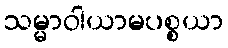
သမ္မာဝါယာမပစ္စယာ